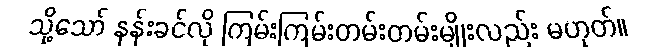
သို့သော် နန်းခင်လို ကြမ်းကြမ်းတမ်းတမ်းမျိုးလည်း မဟုတ်။